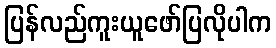
ပြန်လည်ကူးယူဖော်ပြလိုပါက